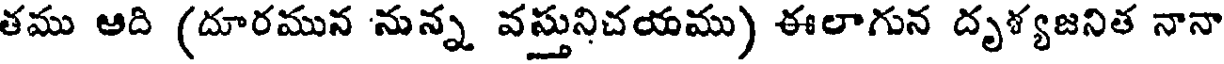
తము అది (దూరమున నున్న వస్తునిచయము) ఈలాగున దృళ్యజనిత నానా